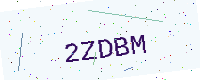
Text: 2ZDBM